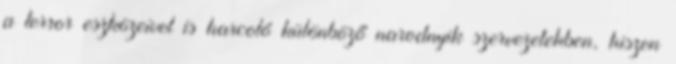
a terror eszközeivel is harcoló különböző narodnyik szervezetekben, hiszen